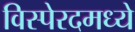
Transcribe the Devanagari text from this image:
विस्पेरदमध्ये